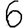
Digit: 6